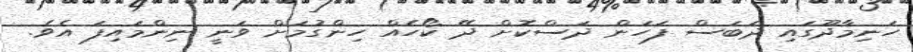
ހަނިމާދޫގައި ދަބަސް ފަހަން ދަސްކޮށް ދޭ ކޯހެއް ހިންގުމަށް ވަނީ ނިންމައިފަ އެވެ.